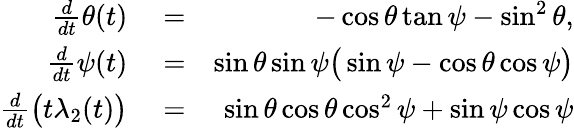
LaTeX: \begin{array}{rlr}{\frac{d}{dt}\theta(t)}&{{}=}&{-\cos{\theta}\tan{\psi}-\sin^{2}{\theta},}\\ {\frac{d}{dt}\psi(t)}&{{}=}&{\sin{\theta}\sin{\psi}\big(\sin{\psi}-\cos{\theta}\cos{\psi}\big)}\\ {\frac{d}{dt}\big(t\lambda_{2}(t)\big)}&{{}=}&{\sin{\theta}\cos{\theta}\cos^{2}{\psi}+\sin{\psi}\cos{\psi}}\end{array}